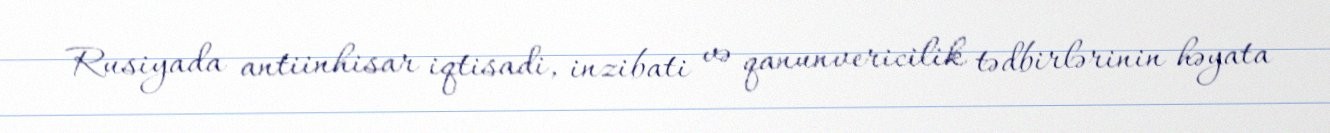
Rusiyada antiinhisar iqtisadi, inzibati və qanunvericilik tədbirlərinin həyata